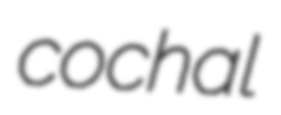
cochal